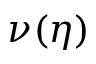
\nu ( \eta )